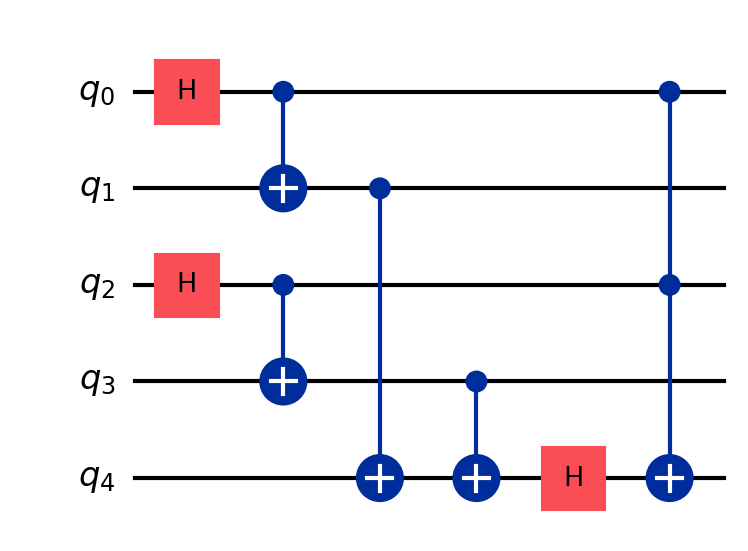
Description: Quantum Merkle tree verification
描述: 量子Merkle树验证
Category: btc_quantum_security (difficulty: advanced)
Qubits: 5, circuit depth: 6
Blockchain relevance: btc_security

Braket implementation:
from braket.circuits import Circuit
circuit = Circuit()
circuit.h(0).h(2)
circuit.cnot(0, 1).cnot(2, 3)
circuit.cnot(1, 4).cnot(3, 4)
circuit.h(4)
circuit.ccnot(0, 2, 4)

Qiskit implementation:
from qiskit import QuantumCircuit
circuit = QuantumCircuit(5)
circuit.h(0).h(2)
circuit.cx(0, 1).cx(2, 3)
circuit.cx(1, 4).cx(3, 4)
circuit.h(4)
circuit.ccx(0, 2, 4)